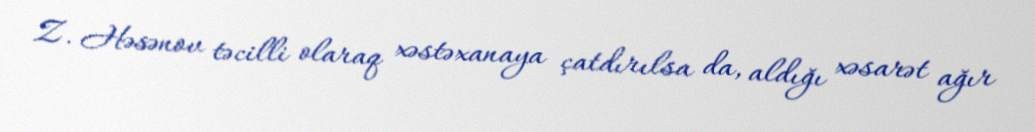
Z. Həsənov təcilli olaraq xəstəxanaya çatdırılsa da, aldığı xəsarət ağır